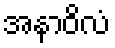
အနာဝိလံ